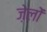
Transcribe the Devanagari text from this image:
ज़ेलों